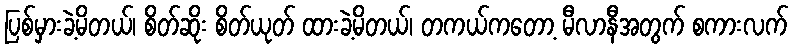
ပြစ်မှားခဲ့မိတယ်၊ စိတ်ဆိုး စိတ်ယုတ် ထားခဲ့မိတယ်၊ တကယ်ကတော့ မီလာနီအတွက် စကားလက်